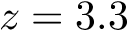
z = 3 . 3